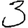
Digit: 3